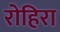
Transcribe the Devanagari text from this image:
रोहिरा